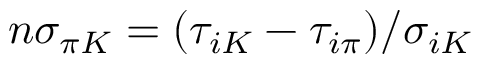
n \sigma _ { \pi K } = ( \tau _ { i K } - \tau _ { i \pi } ) / \sigma _ { i K }